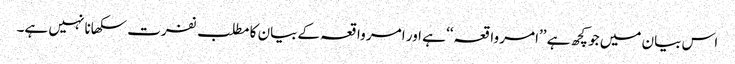
اس بیان میں جو کچھ ہے ’’امر واقعہ‘‘ ہے اور امر واقعہ کےبیان کا مطلب نفرت سکھانا نہیں ہے۔